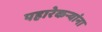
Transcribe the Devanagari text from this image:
पहारेकऱ्यांना